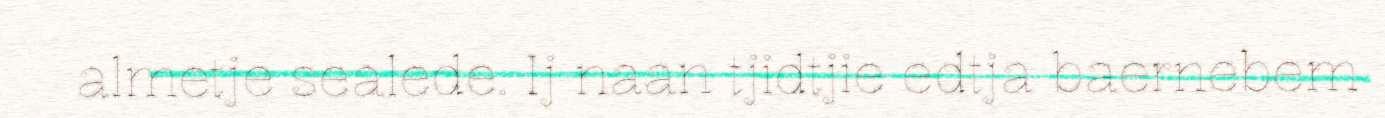
almetje sealede. Ij naan tjidtjie edtja baernebem